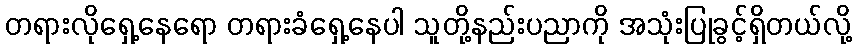
တရားလိုရှေ့နေရော တရားခံရှေ့နေပါ သူတို့နည်းပညာကို အသုံးပြုခွင့်ရှိတယ်လို့